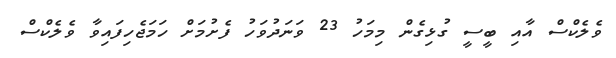
ވެލެކްސް އާއި ބީސީ ގުޅިގެން މިމަހު 23 ވަނަދުވަހު ފެށުމަށް ހަމަޖެހިފައިވާ ވެލެކްސް